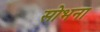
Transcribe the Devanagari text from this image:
सोभना